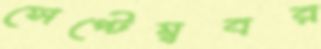
সেপ্টেম্ববর